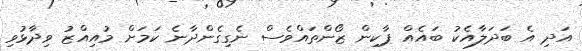
އަދި އެ ބަދަލާއެކު ބައެއް ޕާކިން ޒޯންތައްވެސް ނެގިގެންދާނެ ކަަމަށް މުއިއްޒު ވިދާޅުވި